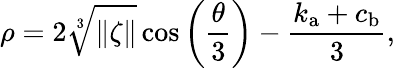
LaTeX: \rho=2\sqrt[3]{\| \zeta\| }\cos{\left(\frac{\theta}{3}\right)-\frac{k_{\mathrm{a}}+c_{\mathrm{b}}}{3}},